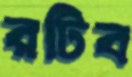
রটিব